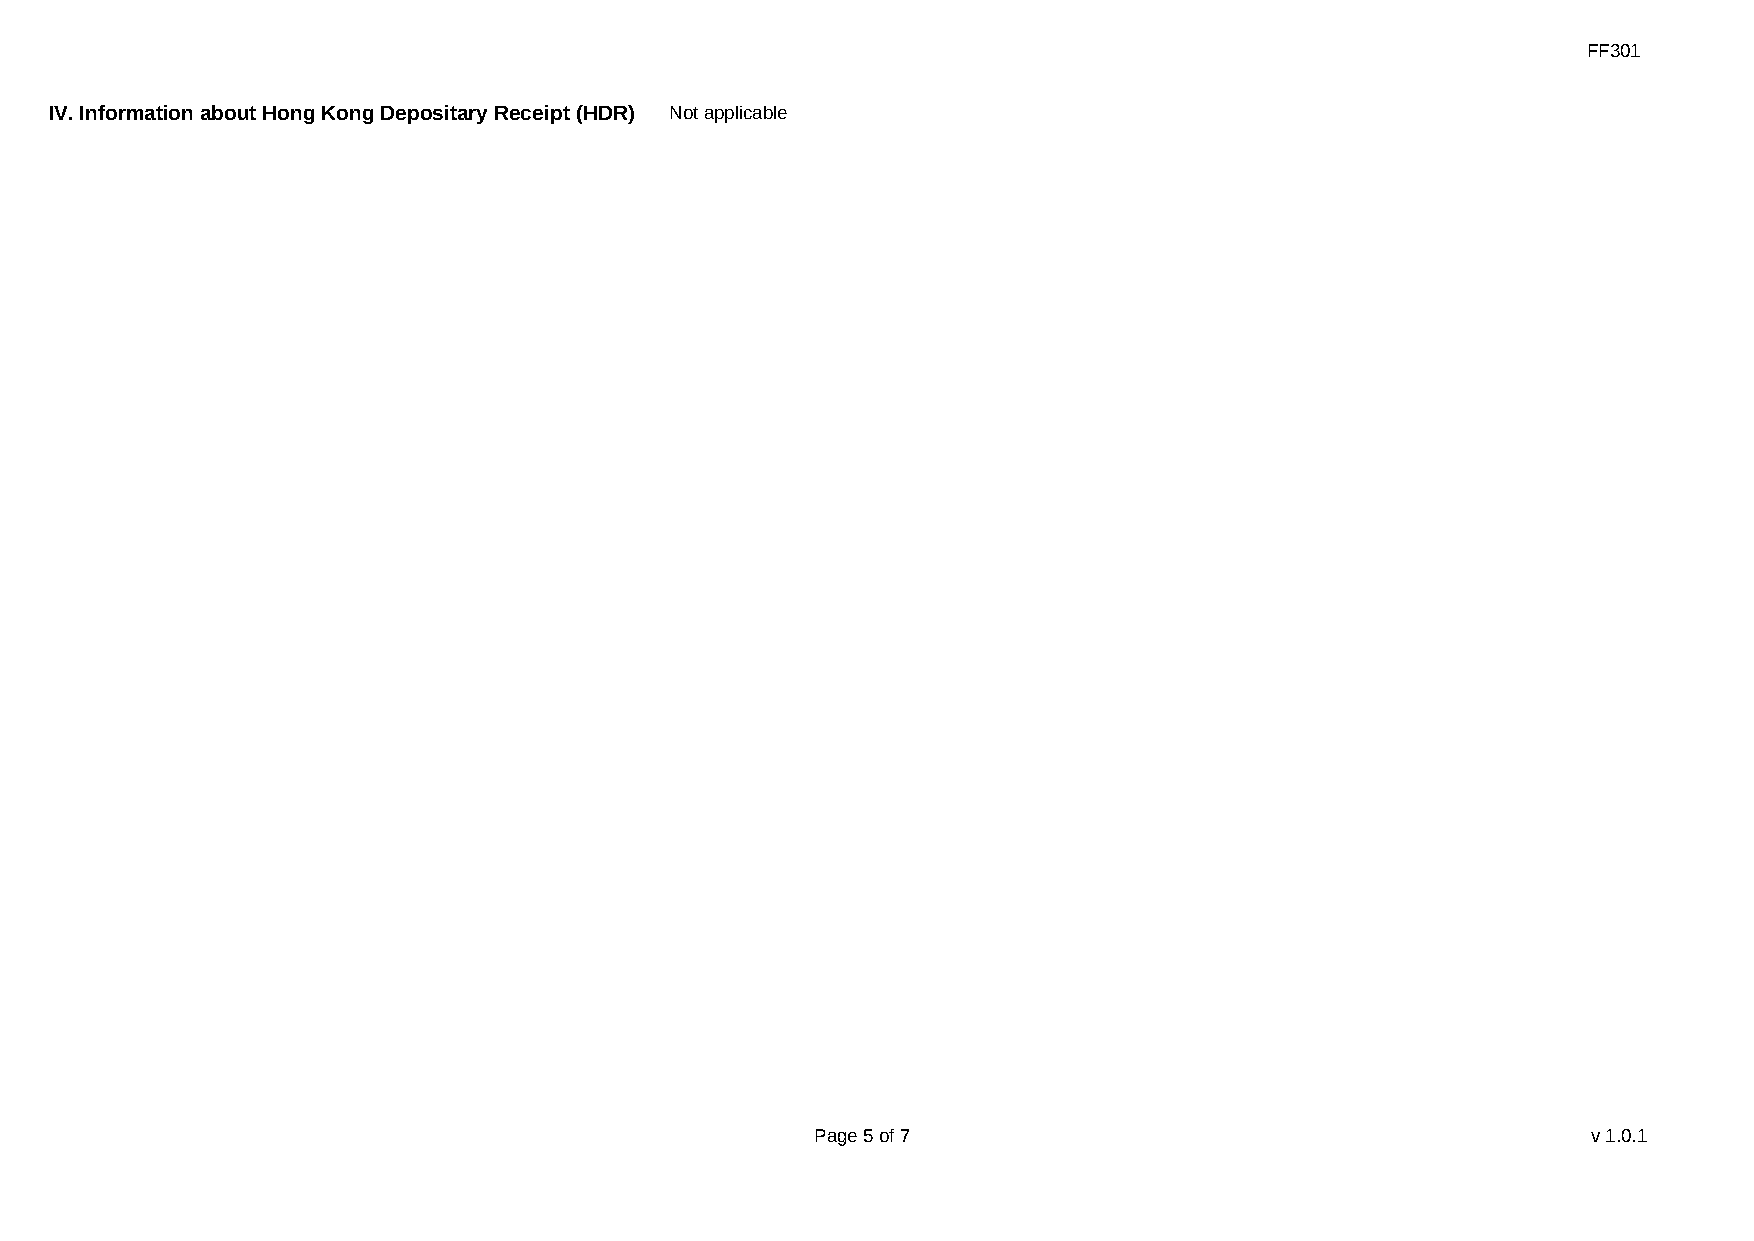
FF301
 IV. Information about Hong Kong Depositary Receipt (HDR) Not applicable
 Page 5 of 7                                        v1.0.1